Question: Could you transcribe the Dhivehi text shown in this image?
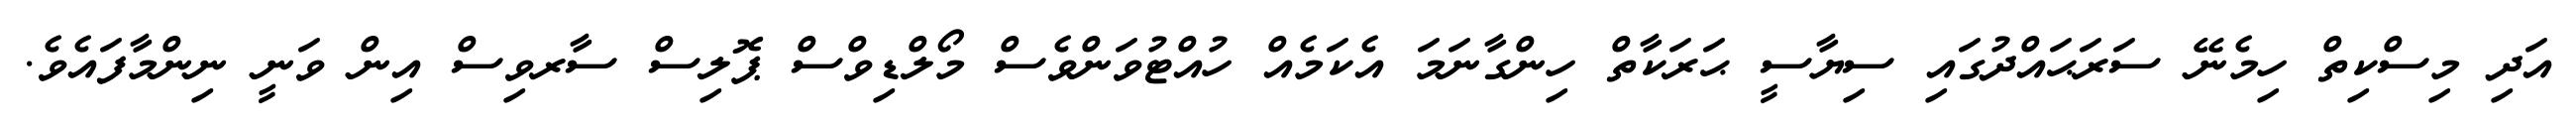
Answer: އަދި މިސްކިތް ހިމެނޭ ސަރަޙައްދުގައި ސިޔާސީ ޙަރަކާތް ހިންގާނަމަ އެކަމެއް ހުއްޓުވަންވެސް މޯލްޑިވްސް ޕޮލިސް ސާރވިސް އިން ވަނީ ނިންމާފައެވެ.